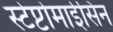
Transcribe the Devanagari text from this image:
स्टेप्टोमाईसिन